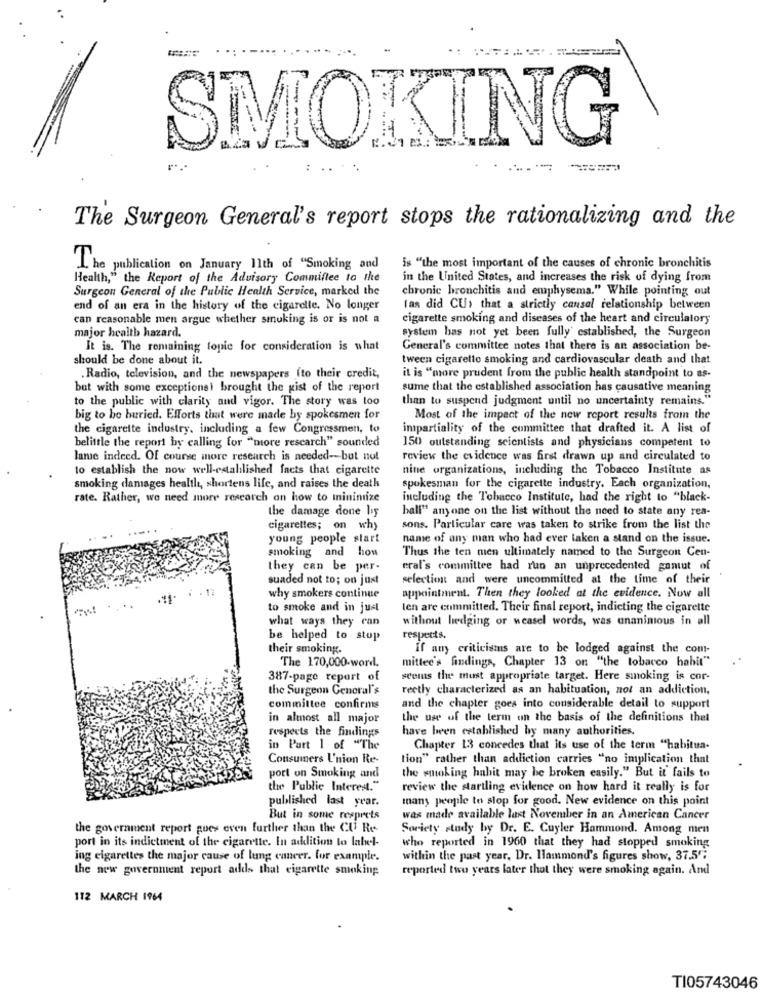
---
SMOKIING
--
The Surgeon General's report stops the rationalizing and the
The publication on January 11th of "Smoking and
is "the most important of the causes of chronic bronchitis
Health," the Report of the Advisory Committee to the
in the United States, and increases the risk of dying from
Surgeon General of the Public Health Service, marked the
chronic bronchitis and emphysema." While pointing out
end of an era in the history of the cigarette. No longer
las did CU, that a strictly cansal relationship between
can reasonable men argue whether smoking is or is not a
cigarette smoking and diseases of the heart and circulatory
major health hazard.
system has not yet been fully' established, the Surgeon
It is. The remaining topic for consideration is what
General's committee notes that there is an association be-
should be done about it.
tween cigarette smoking and cardiovascular death and that
.Radio, television, and the newspapers (to their credit,
it is "more prudent from the public health standpoint to as-
but with some exceptionsi brought the gist of the report
sume that the established association has causative meaning
to the public with clarity and vigor. The story was too
than to suspend judgment until no uncertainty remains."
big to be buried. Efforts that were made by spokesmen for
Most of the impact of the new report results from the
the cigarette industry, including a few Congressmen, to
impartiality of the committee that drafted it. A list of
belittle the report by calling for "more rescarch" sounded
150 outstanding scientists and physicians competent to
lame indeed. Of course more research is needed -- but not
review the evidence was first drawn up and circulated to
to establish the now well-established facts that cigarette
nine organizations, including the Tobacco Institute as
smoking damages health, shortens life, and raises the death
spokesman for the cigarette industry. Each organization,
rate. Rather, we need more research on how to minimize
including the Tobacco Institute, had the right to "black-
the damage done by
hall" anyone on the list without the need to state any rea-
....
cigarettes; on why
sons. Particular care was taken to strike from the list the
young people start
name of any man who had ever taken a stand on the issue.
smoking and how
Thus the ten men ultimately named to the Surgeon Cen-
they can be per-
eral's committee had run an unprecedented gamut of
suaded not to; on just
selection and were uncommitted at the time of their
.17
why smokers continue
appointment. Then they looked at the evidence. Now all
to smoke and in just
len are committed. Their final report, indicting the cigarette
what ways they can
without hedging or weasel words, was unanimous in all
be helped to stop
respects.
their smoking.
If any criticisms are to be lodged against the com-
The 170,000-word.
mittee's findings, Chapter 13 on "the tobacco habit"
387-page report of
seems the most appropriate target. Here smoking is cor-
the Surgeon General's
rectly characterized as an habituation, not an addiction,
committee confirms
and the chapter goes into considerable detail to support
in almost all major
the use of the term on the basis of the definitions thet
respects the findlings
have been established by many authorities.
in Part 1 of "The
Chapter 13 concedes that its use of the term "habitua-
Consumers I'nion Re-
tion" rather than addiction carries "no implication that
port on Smoking and
the smoking habit may be broken easily." But it fails to
the Public Interest."
review the startling evidence on how hard it really is for
published last year.
many people to stop for good. New evidence on this point
But in some resprets
was made available last November in an American Cancer
the government report goes even further than the CU Re
Society study by Dr. E. Cuyler Hammond. Among men
port in its indictment of the cigarette. In addition to label-
who reported in 1960 that they had stopped smoking
ing cigarettes the major cause of lung cancer. for example.
within the past year, Dr. Hammond's figures show, 37.5";
the new government report adds that cigarette smoking
reported two years later that they were smoking again. And
112 MARCH 1964
TI05743046